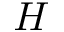
\cal { H }